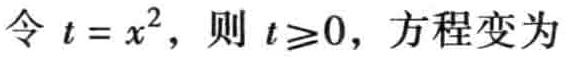
令 \( t = x^{2} \)，则 \( t \geq 0 \)，方程变为